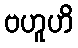
ဗဟူဟိ